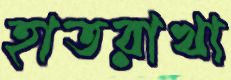
হাতরাখা